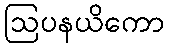
ဩပနယိကော